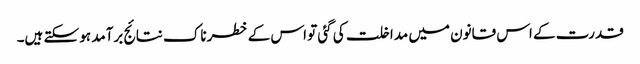
قدرت کے اس قانون میں مداخلت کی گئی تو اس کے خطرناک نتائج برآمد ہو سکتے ہیں۔